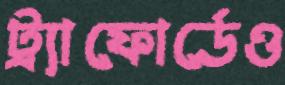
ট্র্যাফোর্ডেও